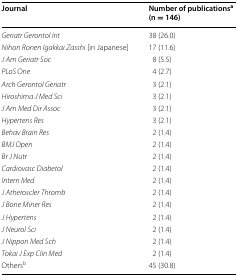
<table><thead><tr><td><b>Journal</b></td><td><b>Number of publications<sup>a</sup>(n = 146)</b></td></tr></thead><tbody><tr><td><i>Geriatr Gerontol Int</i></td><td>38 (26.0)</td></tr><tr><td><i>Nihon Ronen Igakkai Zasshi</i> [in Japanese]</td><td>17 (11.6)</td></tr><tr><td><i>J Am Geriatr Soc</i></td><td>8 (5.5)</td></tr><tr><td><i>PLoS One</i></td><td>4 (2.7)</td></tr><tr><td><i>Arch Gerontol Geriatr</i></td><td>3 (2.1)</td></tr><tr><td><i>Hiroshima J Med Sci</i></td><td>3 (2.1)</td></tr><tr><td><i>J Am Med Dir Assoc</i></td><td>3 (2.1)</td></tr><tr><td><i>Hypertens Res</i></td><td>3 (2.1)</td></tr><tr><td><i>Behav Brain Res</i></td><td>2 (1.4)</td></tr><tr><td><i>BMJ Open</i></td><td>2 (1.4)</td></tr><tr><td><i>Br J Nutr</i></td><td>2 (1.4)</td></tr><tr><td><i>Cardiovasc Diabetol</i></td><td>2 (1.4)</td></tr><tr><td><i>Intern Med</i></td><td>2 (1.4)</td></tr><tr><td><i>J Atheroscler Thromb</i></td><td>2 (1.4)</td></tr><tr><td><i>J Bone Miner Res</i></td><td>2 (1.4)</td></tr><tr><td><i>J Hypertens</i></td><td>2 (1.4)</td></tr><tr><td><i>J Neurol Sci</i></td><td>2 (1.4)</td></tr><tr><td><i>J Nippon Med Sch</i></td><td>2 (1.4)</td></tr><tr><td><i>Tokai J Exp Clin Med</i></td><td>2 (1.4)</td></tr><tr><td>Others<sup>b</sup></td><td>45 (30.8)</td></tr></tbody></table>